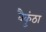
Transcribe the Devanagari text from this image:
वैकुंठा